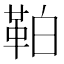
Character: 𩊀